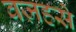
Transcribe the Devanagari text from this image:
वज़हसे